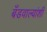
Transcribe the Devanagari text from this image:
बँडवाल्यांशी